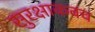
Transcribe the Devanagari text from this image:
सुरक्षाकवच